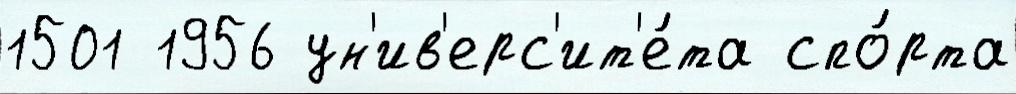
1501 1956 ун'ив'ерс'ит'е́та спо́рта